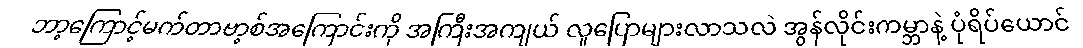
ဘာ့ကြောင့်မက်တာဗာ့စ်အကြောင်းကို အကြီးအကျယ် လူပြောများလာသလဲ အွန်လိုင်းကမ္ဘာနဲ့ ပုံရိပ်ယောင်